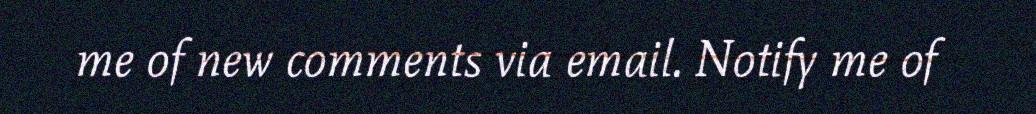
me of new comments via email. Notify me of